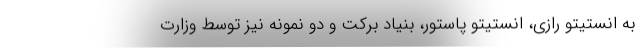
به انستیتو رازی، انستیتو پاستور، بنیاد برکت و دو نمونه نیز توسط وزارت